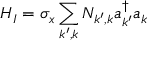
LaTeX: H _ { I } = \sigma _ { x } \sum _ { k ^ { \prime } , k } N _ { k ^ { \prime } , k } a _ { k ^ { \prime } } ^ { \dagger } a _ { k }